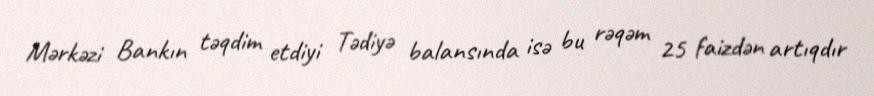
Mərkəzi Bankın təqdim etdiyi Tədiyə balansında isə bu rəqəm 25 faizdən artıqdır